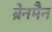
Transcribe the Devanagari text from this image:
ब्रेनमैन